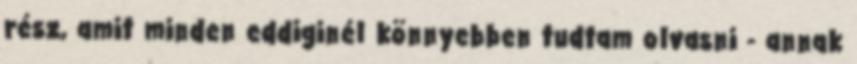
rész, amit minden eddiginél könnyebben tudtam olvasni - annak